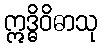
ဣဒ္ဓိဝိဓာသု